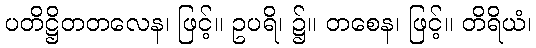
ပတိဋ္ဌိတတလေန၊ ဖြင့်။ ဥပရိ၊ ၌။ တစေန၊ ဖြင့်။ တိရိယံ၊